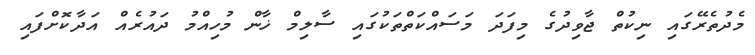
މެދުތެރޭގައި ނިކުތް ޖާވިދުގެ މިފަދަ މަސައްކަތްތަކުގައި ސާލިމް ޚާން މުހިއްމު ދައުރެއް އަދާކޮށްފައި